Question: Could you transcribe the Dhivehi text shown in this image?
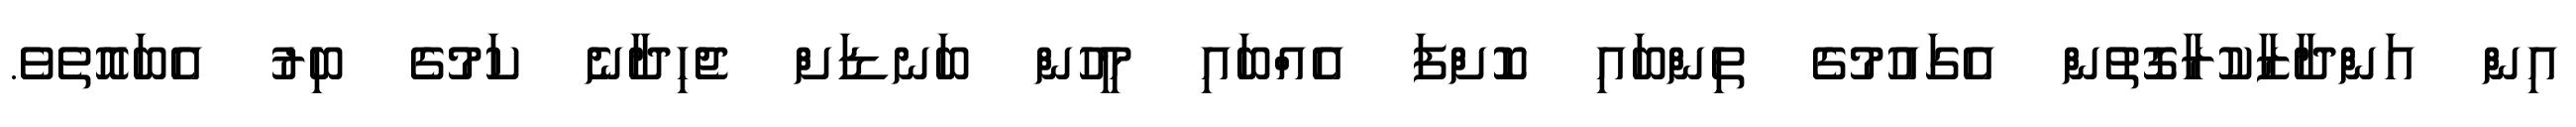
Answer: އިން އަންދާޒާކުރާގޮތުން އެގައުމުގެ ތިންބައި ކޮށްފަ އެއްބައި މީހުން ބަނޑަށް ޖެހިދާނެ ކަމުގެ ބިރު އެބައޮތެވެ.